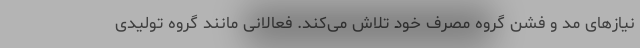
نیازهای مد و فشن گروه مصرف خود تلاش می‌کند. فعالانی مانند گروه تولیدی